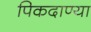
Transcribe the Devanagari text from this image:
पिकदाण्या